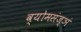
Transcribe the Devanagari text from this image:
व्योमसंज्ञं